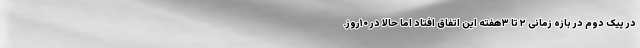
در پیک دوم در بازه زمانی ۲ تا ۳هفته این اتفاق افتاد اما حالا در ۱۰روز.